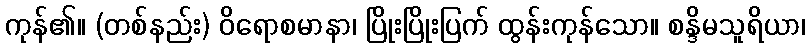
ကုန်၏။ (တစ်နည်း) ဝိရောစမာနာ၊ ပြိုးပြိုးပြက် ထွန်းကုန်သော။ စန္ဒိမသူရိယာ၊